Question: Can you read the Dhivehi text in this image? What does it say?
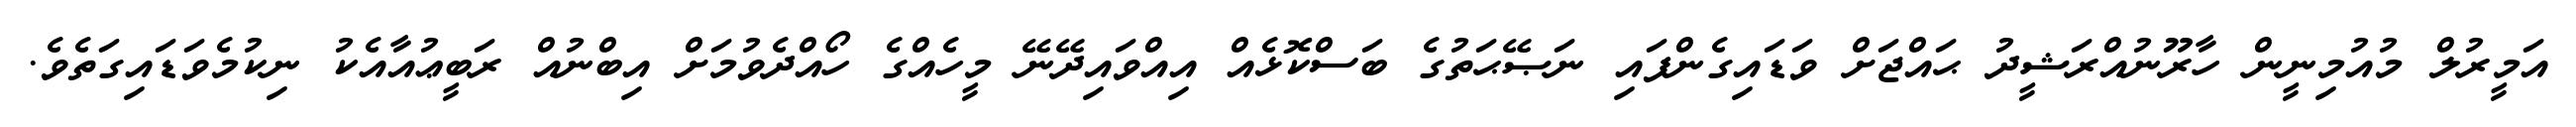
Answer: އަމީރުލް މުއުމިނީން ހާރޫނުއްރަޝީދު ޙައްޖަށް ވަޑައިގެންފައި ނަޞޭޙަތުގެ ބަސްކޮޅެއް އިއްވައިދޭނޭ މީހެއްގެ ހޯއްދެވުމަށް އިބްނުއް ރަބީޢުއާއެކު ނިކުމެވަޑައިގަތެވެ.